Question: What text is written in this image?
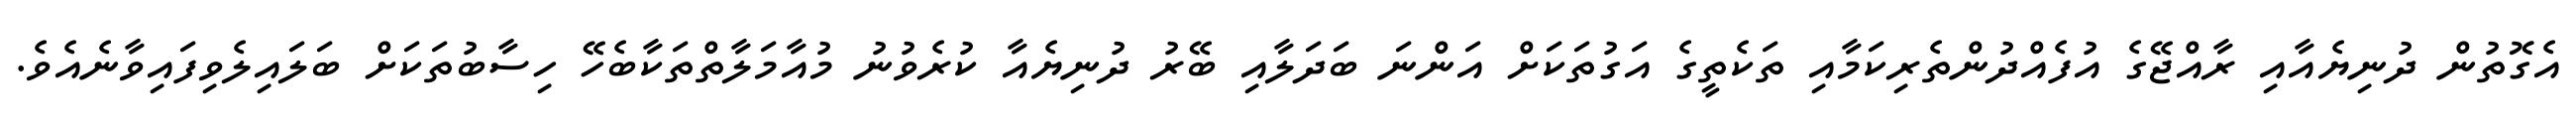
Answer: އެގޮތުން ދުނިޔެއާއި ރާއްޖޭގެ އުފެއްދުންތެރިކަމާއި ތަކެތީގެ އަގުތަކަށް އަންނަ ބަދަލާއި ބޭރު ދުނިޔެއާ ކުރެވުނު މުއާމަލާތްތަކާބެހޭ ހިސާބުތަކަށް ބަލައިލެވިފައިވާނެއެވެ.